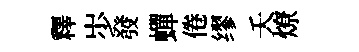
釋𡵯發蟬倦缪夭燎